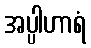
အပ္ပါဟာရံ